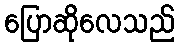
ပြောဆိုလေသည်